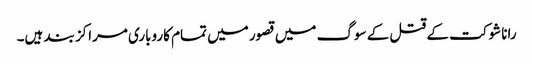
رانا شوکت کے قتل کے سوگ میں قصور میں تمام کاروباری مراکز بند ہیں۔